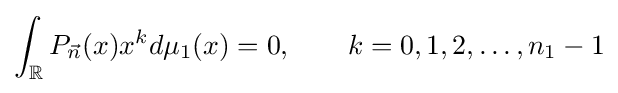
\int _{\mathbb {R} }P_{\vec {n}}(x)x^{k}d\mu _{1}(x)=0,\qquad k=0,1,2,\dots ,n_{1}-1